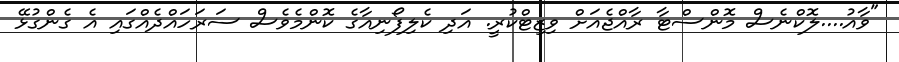
"ވާއު....ލޮކްނެސް މޮންސްޓާ ރާއްޖެއަށް ވިޒިޓްކުރީ. އަދި ކެލިފޯނިއާގެ ކޮންމެވެސް ސަރަހައްދެއްގައި އެ ގެންގުޅޭ